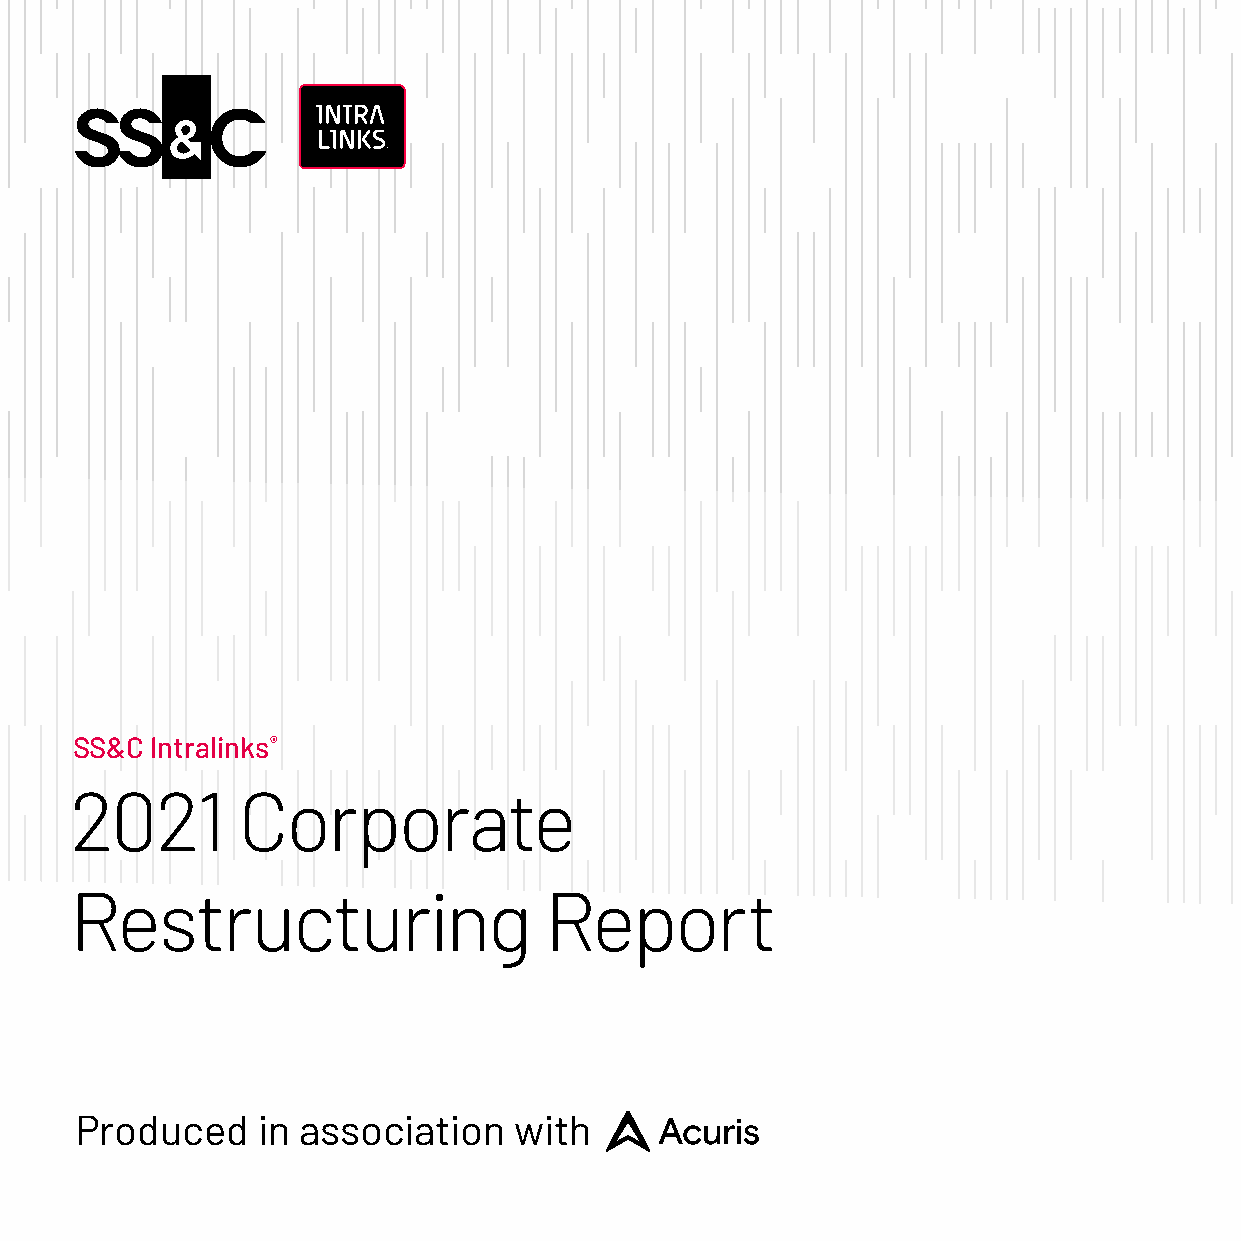
SS&C Intralinks®
 2021       Corporate
 Restructuring                  Report
 Produced    in association   with
 1